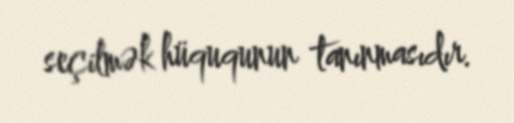
seçilmək hüququnun tanınmasıdır.